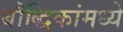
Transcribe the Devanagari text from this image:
बौद्धिकांमध्ये